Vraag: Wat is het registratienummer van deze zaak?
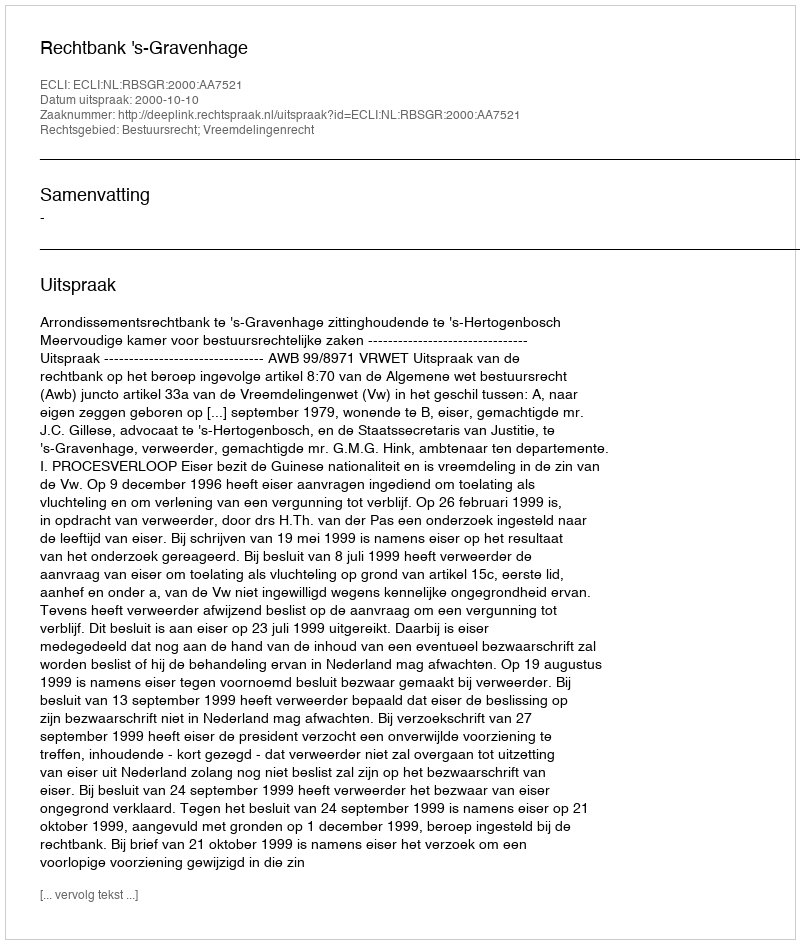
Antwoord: http://deeplink.rechtspraak.nl/uitspraak?id=ECLI:NL:RBSGR:2000:AA7521